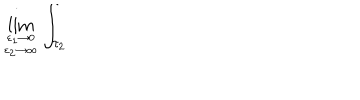
LaTeX: \lim _ { { \varepsilon _ { 1 } \to 0 } \atop { \varepsilon _ { 2 } \to \infty } } \int _ { \tau _ { 2 } }